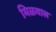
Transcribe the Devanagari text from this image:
मिळवाल